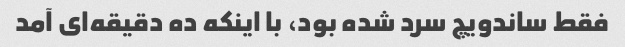
فقط ساندویچ سرد شده بود، با اینکه ده دقیقه‌ای آمد